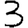
Digit: 3